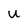
Character: U